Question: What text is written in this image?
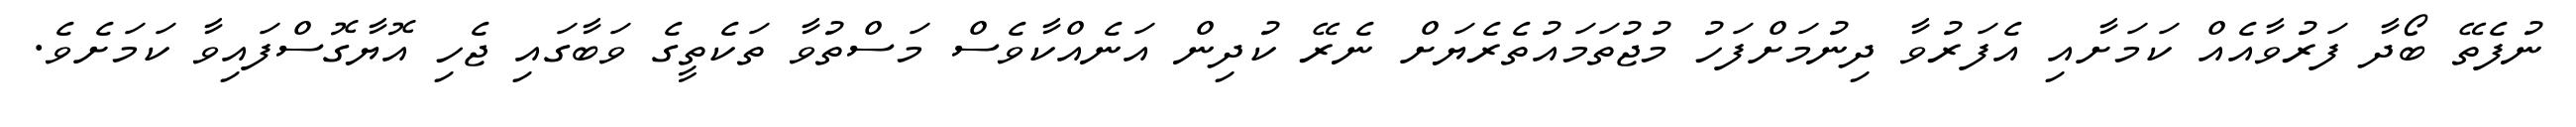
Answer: ނުފެތޭ ބޯދާ ފަރުވާއެއް ކަމަށާއި އެފަރުވާ ދިނުމަށްފަހު މުޖުތަމައުތެރެޔަށް ނެރޭ ކުދިން އަނެއްކާވެސް މަސްތުވާ ތަކެތީގެ ވަބާގައި ޖެހި އޮޔާގޮސްފައިވާ ކަމަށެވެ.